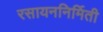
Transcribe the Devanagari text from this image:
रसायननिर्मिती